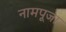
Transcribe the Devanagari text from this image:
नामपूजा